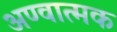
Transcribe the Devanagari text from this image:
अण्वात्मक